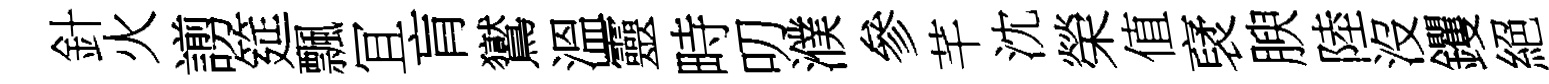
針火謭筵飄冝肓鸑溫靈畤叨濮參芊沈榮值裦腴陸沒钁絕